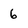
Character: 6